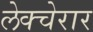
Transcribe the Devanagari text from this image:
लेक्चेरार